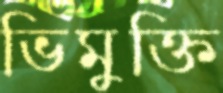
ভিমুক্তি